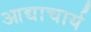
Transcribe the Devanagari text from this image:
आद्याचार्य